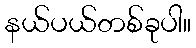
နယ်ပယ်တစ်ခုပါ။